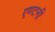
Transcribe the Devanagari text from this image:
एण्टनी